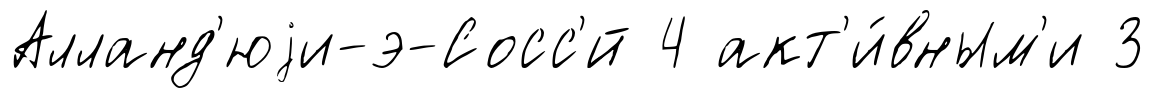
Алланд'юjи-э-Сосс'́й 4 акт'и́вным'и 3